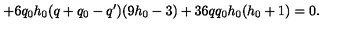
+ 6 q _ { 0 } h _ { 0 } ( q + q _ { 0 } - q ^ { \prime } ) ( 9 h _ { 0 } - 3 ) + 3 6 q q _ { 0 } h _ { 0 } ( h _ { 0 } + 1 ) = 0 .